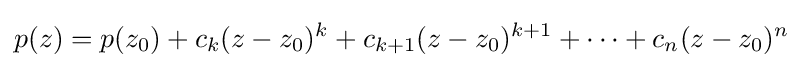
p(z)=p(z_{0})+c_{k}(z-z_{0})^{k}+c_{k+1}(z-z_{0})^{k+1}+\cdots +c_{n}(z-z_{0})^{n}